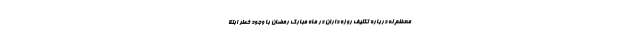
معظم له درباره تکلیف روزه داران در ماه مبارک رمضان با وجود خطر ابتلا